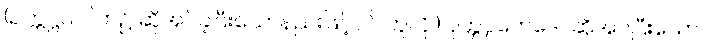
(ဥက္ကဋ္ဌသပိတ်၌ ဆိုအပ်ခဲ့ပြီးသောနည်းဖြင့်ပင် ဟူလို၊) ဝုတ္တပ္ပဘေဒေါ၊ ဆိုအပ်ပြီးသော